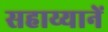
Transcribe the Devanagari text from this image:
सहाय्यानें